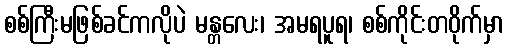
စစ်ကြီးမဖြစ်ခင်ကလိုပဲ မန္တလေး၊ အမရပူရ၊ စစ်ကိုင်းတဝိုက်မှာ